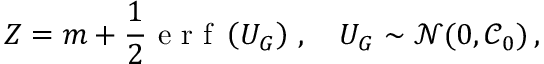
Z = m + \frac { 1 } { 2 } \textrm { e r f } \left( U _ { G } \right) \, , \quad U _ { G } \sim \mathcal { N } ( 0 , \mathcal { C } _ { 0 } ) \, ,